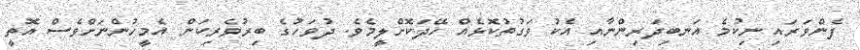
ފެންވަރައި ނިކުމެ އަނބިދަރިންނާއި އެކު ވަގުތުކޮޅެއް ހޭދަކޮށްލީމެވެ. ދުވަހުގެ ބިރުވެރިކަން އެމީހުންނަށްވެސް އޮތީ